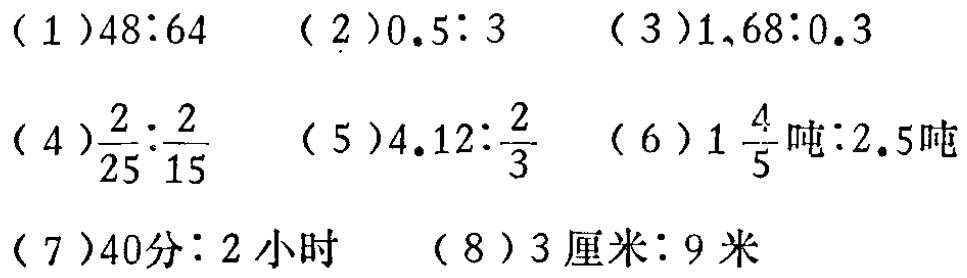
( 1 )$48:64$  ( 2 )$0.5:3$  ( 3 )$1.68:0.3$

( 4 )$\frac{2}{25}:\frac{2}{15}$  ( 5 )$4.12:\frac{2}{3}$  ( 6 )$1\frac{4}{5}\text{吨}:2.5\text{吨}$

( 7 )$40\text{分}:2\text{小时}$  ( 8 )$3\text{厘米}:9\text{米}$